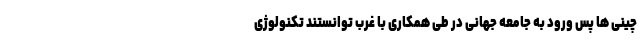
چینی ها پس ورود به جامعه جهانی در طی همکاری با غرب توانستند تکنولوژی